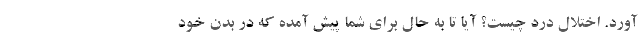
آورد. اختلال درد چیست؟ آیا تا به حال برای شما پیش آمده که در بدن خود